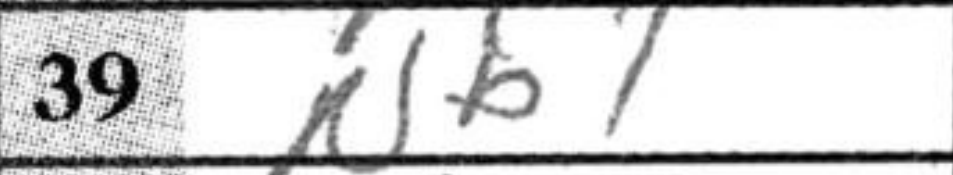
Transcription: Nb1